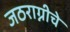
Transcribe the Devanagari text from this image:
जठराग्नीचे